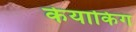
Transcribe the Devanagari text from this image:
केयाकिंग